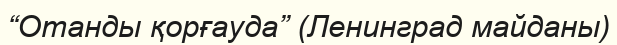
“Отанды қорғауда” (Ленинград майданы)